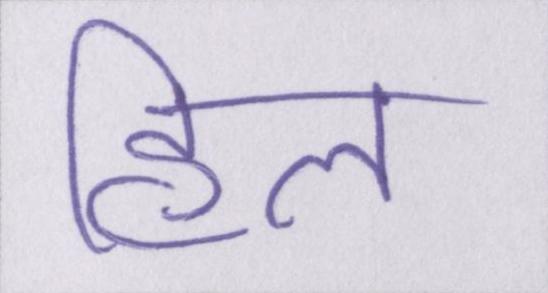
हिल